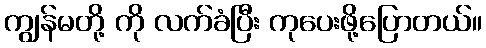
ကျွန်မတို့ ကို လက်ခံပြီး ကုပေးဖို့ပြောတယ်။